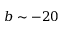
b \sim - 2 0